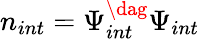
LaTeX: n_{int}=\Psi_{int}^{\dag}\Psi_{int}